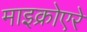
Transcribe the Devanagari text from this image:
माइक्रोएरे